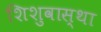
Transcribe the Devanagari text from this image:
शिशुवास्था